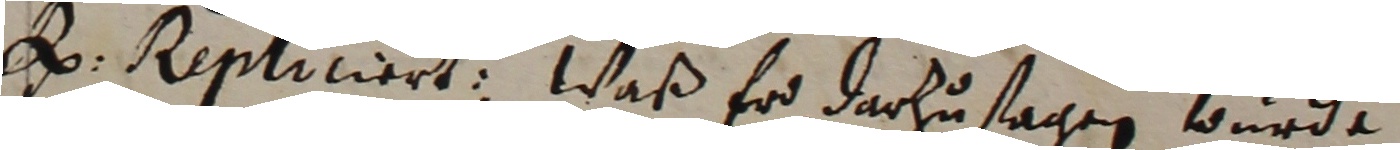
h repliciert. Waß er darzusagen wurde.